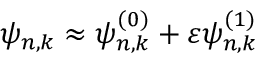
\psi _ { n , k } \approx \psi _ { n , k } ^ { ( 0 ) } + \varepsilon \psi _ { n , k } ^ { ( 1 ) }